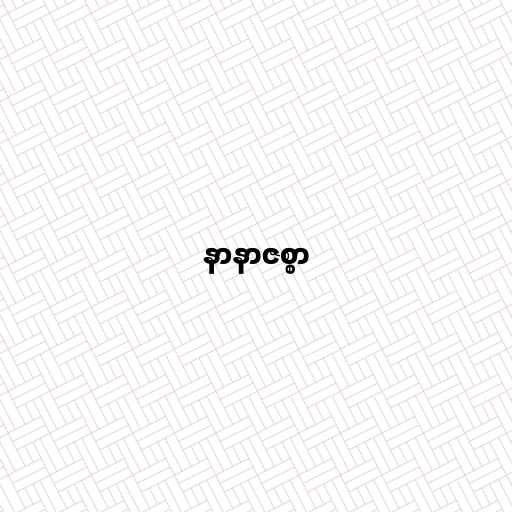
နာနာဇစ္စာ